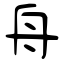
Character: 舟